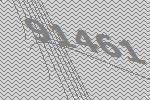
91461